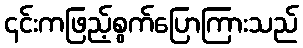
၎င်းကဖြည့်စွက်ပြောကြားသည်